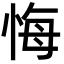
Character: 悔